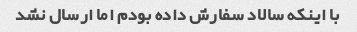
با اینکه سالاد سفارش داده بودم اما ارسال نشد